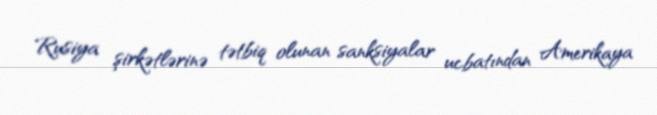
Rusiya şirkətlərinə tətbiq olunan sanksiyalar ucbatından Amerikaya